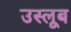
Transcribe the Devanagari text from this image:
उस्लूब